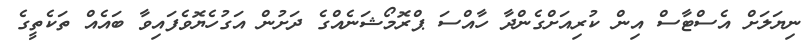
ނިޔަލަށް އެސްޓާސް އިން ކުރިއަށްގެންދާ ހާއްސަ ޕްރޮމޯޝަނެއްގެ ދަށުން އަގުހެޔޮވެފައިވާ ބައެއް ތަކެތީގެ